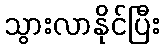
သွားလာနိုင်ပြီး